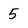
Character: 5